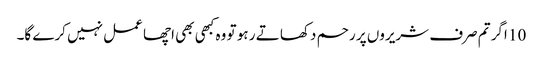
10 اگر تم صرف شریروں پر رحم دکھا تے ر ہو تو وہ کبھی بھی اچھا عمل نہیں کرے گا۔